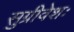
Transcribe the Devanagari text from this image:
सुग्रीवेशः